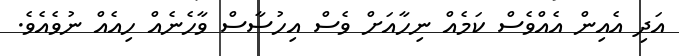
އަދި އެއިން އެއްވެސް ކަމެއް ނިހާއަށް ވެސް އިހުސާސް ވާހެނެއް ހިއެއް ނުވެއެވެ.